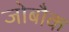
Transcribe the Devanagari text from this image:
जोबौक